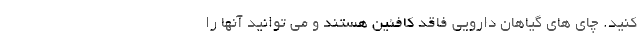
کنید. چای های گیاهان دارویی فاقد کافئین هستند و می توانید آنها را